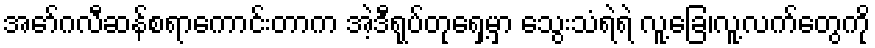
အော်ဂလီဆန်စရာကောင်းတာက အဲ့ဒီရုပ်တုရှေ့မှာ သွေးသံရဲရဲ လူ့ခြေ၊လူ့လက်တွေကို